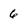
Character: 6